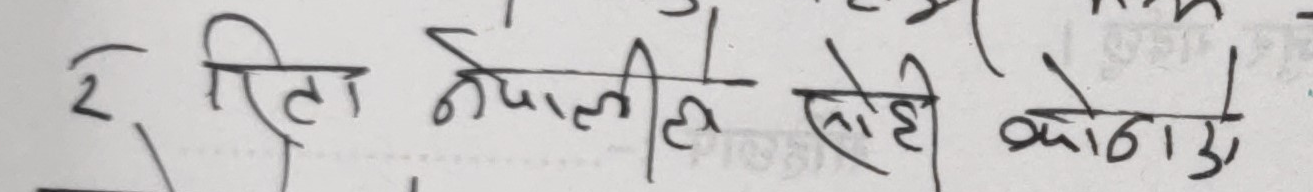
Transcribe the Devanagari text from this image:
२ रिता नेपाली सेही कोठाओ